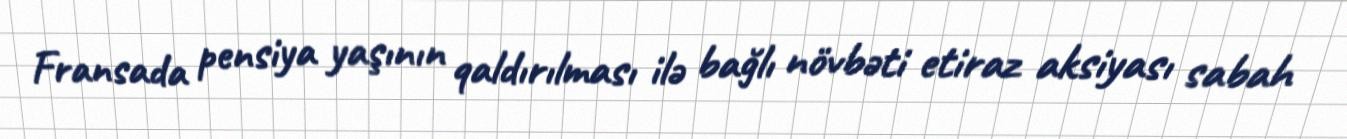
Fransada pensiya yaşının qaldırılması ilə bağlı növbəti etiraz aksiyası sabah